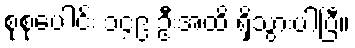
စုစုပေါင်း ၁၄၉ ဦးအထိ ရှိသွားပါပြီ။